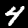
Digit: 4